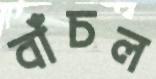
বাঁচল